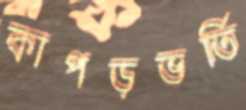
কাপড়ভর্তি